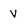
Character: V